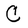
Character: C